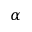
\alpha